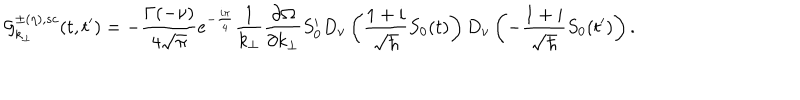
{ \cal { G } } _ { k _ { \perp } } ^ { \pm ( \eta ) , s c } ( t , t ^ { \prime } ) = - { \frac { \Gamma ( - \nu ) } { 4 \sqrt { \pi } } } e ^ { - { \frac { i \pi } { 4 } } } { \frac { 1 } { k _ { \perp } } } { \frac { \partial \Omega } { \partial k _ { \perp } } } S _ { 0 } ^ { \prime } D _ { \nu } \left( { \frac { 1 + i } { \sqrt { \hbar } } } S _ { 0 } ( t ) \right) D _ { \nu } \left( - { \frac { 1 + i } { \sqrt { \hbar } } } S _ { 0 } ( t ^ { \prime } ) \right) .